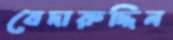
বেদারুদ্দিন